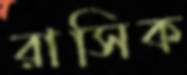
রাসিক